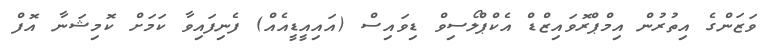
ވަޒަންގެ އިތުރުން އިމްޕްރޮވައިޒްޑް އެކްޕްލޯސިވް ޑިވައިސް (އައިއީޑީއެއް) ފެނިފައިވާ ކަމަށް ކޮމިޝަނާ އޮފް